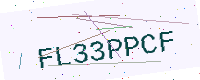
Text: FL33PPCF